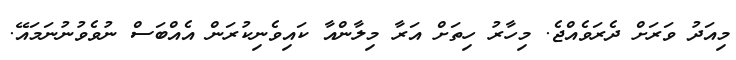
މިއަދު ވަރަށް ދެރަވެއްޖެ. މިހާރު ހިތަށް އަރާ މިލާންއާ ކައިވެނިކުރަން އެއްބަސް ނުވެވުނުނަމައޭ.